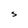
Character: S